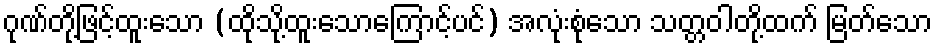
ဂုဏ်တို့ဖြင့်ထူးသော (ထိုသို့ထူးသောကြောင့်ပင်) အလုံးစုံသော သတ္တဝါတို့ထက် မြတ်သော